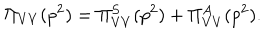
LaTeX: \Pi _ { V V } ( p ^ { 2 } ) = \Pi _ { V V } ^ { S } ( p ^ { 2 } ) + \Pi _ { V V } ^ { A } ( p ^ { 2 } ) .